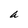
Character: a